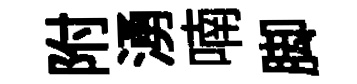
附湧喃脚